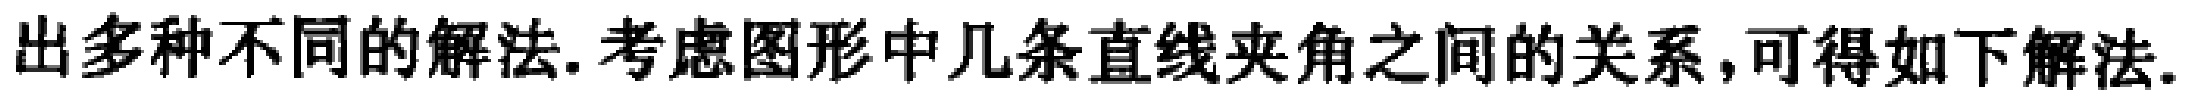
出多种不同的解法.考虑图形中几条直线夹角之间的关系,可得如下解法.